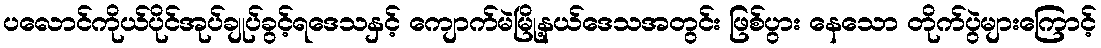
ပလောင်ကိုယ်ပိုင်အုပ်ချုပ်ခွင့်ရဒေသနှင့် ကျောက်မဲမြို့နယ်ဒေသအတွင်း ဖြစ်ပွား နေသော တိုက်ပွဲများကြောင့်